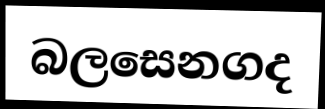
බලසෙනගද